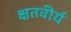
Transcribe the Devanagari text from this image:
क्षतवीर्य